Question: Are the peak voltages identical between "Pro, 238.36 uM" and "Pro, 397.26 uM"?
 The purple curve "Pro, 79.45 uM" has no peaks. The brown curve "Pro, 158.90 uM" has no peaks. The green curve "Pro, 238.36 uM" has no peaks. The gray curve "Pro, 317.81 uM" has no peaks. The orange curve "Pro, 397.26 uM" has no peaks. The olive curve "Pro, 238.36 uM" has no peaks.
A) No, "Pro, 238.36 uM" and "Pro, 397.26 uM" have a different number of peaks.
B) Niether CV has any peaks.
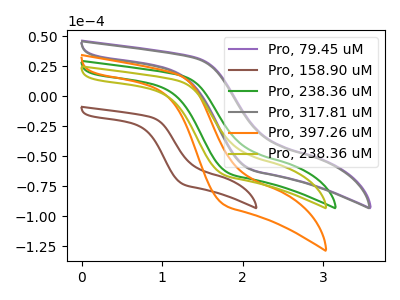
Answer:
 <answer>B) Niether CV has any peaks.</answer>
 <eval>B</eval>